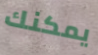
يمكنك